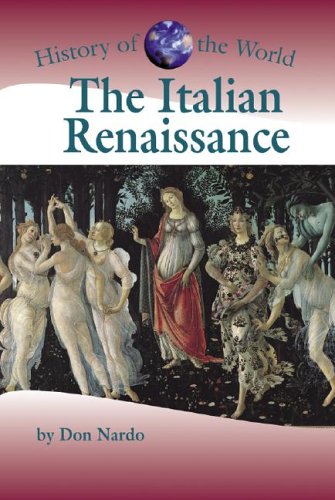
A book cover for History of the World - The Italian Renaissance; P. M. Boekhoff & Stuart A. Kallen; Children's Books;